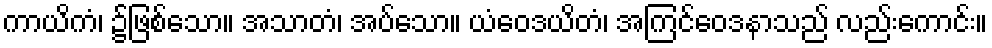
ကာယိကံ၊ ၌ဖြစ်သော။ အသာတံ၊ အပ်သော။ ယံဝေဒယိတံ၊ အကြင်ဝေဒနာသည် လည်းကောင်း။